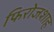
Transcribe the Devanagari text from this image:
फिरोजशाह